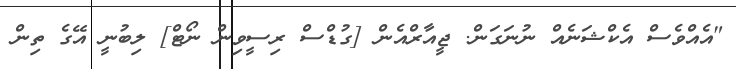
"އެއްވެސް އެކްޝަނެއް ނުނަގަން. ޖީއާރްއެން [ގުޑްސް ރިސީވިން ނޯޓް] ލިބުނީ އޭގެ ތިން